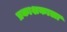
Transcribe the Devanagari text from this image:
प्रकाशकाला